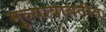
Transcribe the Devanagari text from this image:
मुल्याबाबतीत